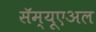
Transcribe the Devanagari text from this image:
सॅम्यूएअल